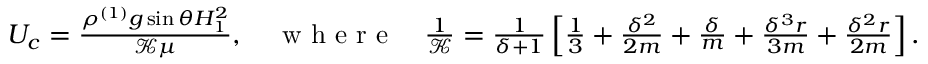
\begin{array} { r } { U _ { c } = \frac { \rho ^ { ( 1 ) } g \sin \theta H _ { 1 } ^ { 2 } } { \mathcal { K } \mu } , \quad \textrm { w h e r e } \quad \frac { 1 } { \mathcal { K } } = \frac { 1 } { \delta + 1 } \left[ \frac { 1 } { 3 } + \frac { \delta ^ { 2 } } { 2 m } + \frac { \delta } { m } + \frac { \delta ^ { 3 } r } { 3 m } + \frac { \delta ^ { 2 } r } { 2 m } \right] . } \end{array}